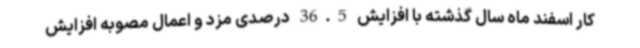
کار اسفند ماه سال گذشته با افزایش 36.5 درصدی مزد و اعمال مصوبه افزایش